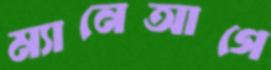
ম্যানেআগে